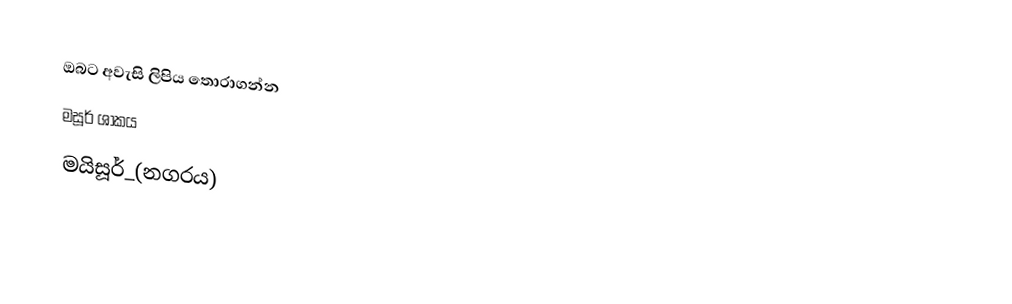
ඔබට අවැසි ලිපිය තොරාගන්න
 මසූර් ශාකය
 මයිසූර්_(නගරය)